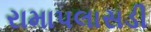
રામાપલાસડી